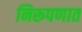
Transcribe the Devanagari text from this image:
निरूपणात